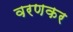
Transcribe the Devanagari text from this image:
वरणकर